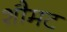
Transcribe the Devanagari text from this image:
शौमट